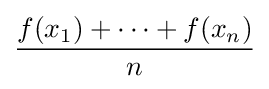
{\frac {f(x_{1})+\cdots +f(x_{n})}{n}}